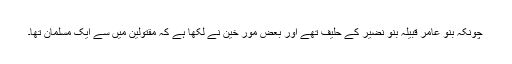
چونکہ بنو عامر قبیلہ بنو نضیر کے حلیف تھے اور بعض مور خین نے لکھا ہے کہ مقتولین میں سے ایک مسلمان تھا۔